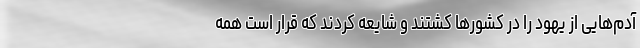
آدم‌هایی از یهود را در کشورها کشتند و شایعه کردند که قرار است همه